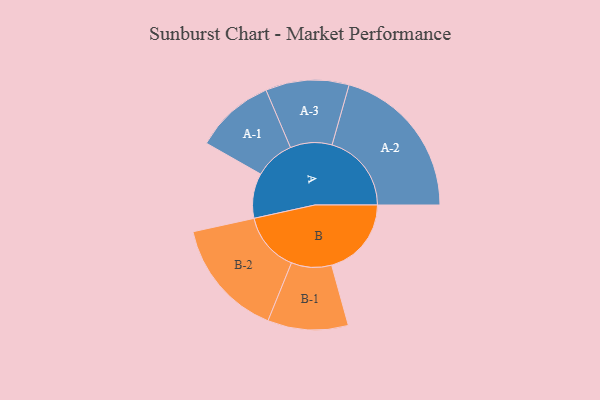
{"axis": {"x": "Segment", "y": "Value"}, "legend": ["", "A", "B"], "data": [{"x": "A", "y": 124, "type": ""}, {"x": "B", "y": 220, "type": ""}, {"x": "A-1", "y": 110, "type": "A"}, {"x": "A-2", "y": 219, "type": "A"}, {"x": "A-3", "y": 115, "type": "A"}, {"x": "B-1", "y": 111, "type": "B"}, {"x": "B-2", "y": 164, "type": "B"}]}